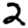
Digit: 2